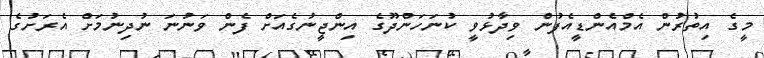
މީގެ އިތުރުން އެމްއެންޑީއެފުން ވިދާޅުވީ ކުނަހަންދޫގެ އިންޖީނުގެއަށް ފެން ވަނުނަ ނުދިނުމަށް އެރަށުގެ